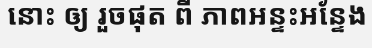
នោះ ឲ្យ រួចផុត ពី ភាពអន្ទះអន្ទែង